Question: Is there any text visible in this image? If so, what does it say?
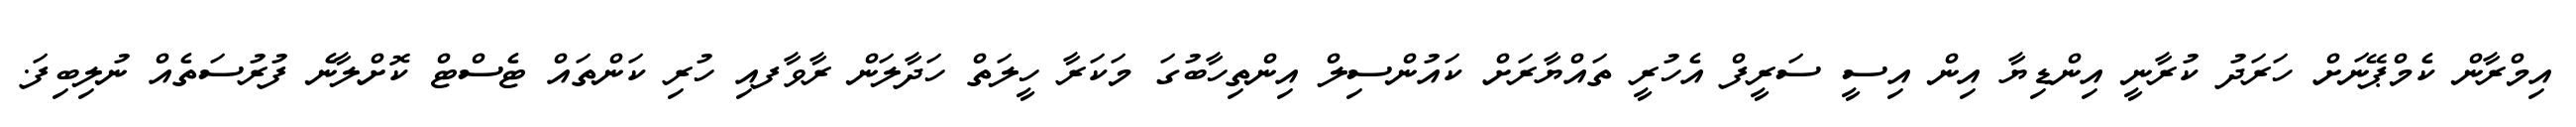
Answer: އިމްރާން ކެމްޕޭނަށް ހަރަދު ކުރާނީ އިންޑިޔާ އިން އިސީ ސަރީފް އެހުރީ ތައްޔާރަށް ކައުންސިލް އިންތިހާބުގަ މަކަރާ ހީލަތް ހަދާލަން ރާވާފއި ހުރި ކަންތައް ޓެސްޓް ކޮށްލާނެ ފުރުސަތެއް ނުލިބިފަ.